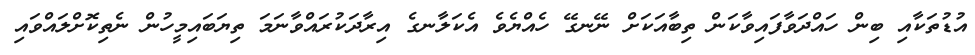
އުޑުތަކާއި ބިން ހައްދަވާފައިވާކަން ތިބާއަކަށް ނޭނގޭ ހެއްޔެވެ އެކަލާނގެ އިރާދަކުރައްވާނަމަ ތިޔަބައިމީހުން ނެތިކޮށްލައްވައި